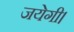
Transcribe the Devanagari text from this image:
जयेगी।